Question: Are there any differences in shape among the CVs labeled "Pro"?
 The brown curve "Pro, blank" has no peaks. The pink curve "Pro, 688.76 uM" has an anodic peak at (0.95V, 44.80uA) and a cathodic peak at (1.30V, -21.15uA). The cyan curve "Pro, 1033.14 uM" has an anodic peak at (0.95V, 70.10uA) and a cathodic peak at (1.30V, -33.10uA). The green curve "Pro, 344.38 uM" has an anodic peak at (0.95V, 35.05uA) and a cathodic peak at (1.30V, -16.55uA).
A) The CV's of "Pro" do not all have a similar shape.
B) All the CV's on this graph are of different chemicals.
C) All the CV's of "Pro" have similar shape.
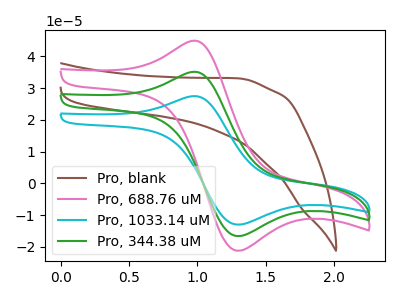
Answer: <think>"Pro, blank" and "Pro, 688.76 uM" have a different number of peaks. "Pro, blank" and "Pro, 1033.14 uM" have a different number of peaks. "Pro, blank" and "Pro, 344.38 uM" have a different number of peaks. All the peaks in "Pro, 688.76 uM" have a peak in "Pro, 1033.14 uM" at the same potential. Every peak in "Pro, 688.76 uM" is lower than every peak in "Pro, 1033.14 uM". All the peaks in "Pro, 688.76 uM" have a peak in "Pro, 344.38 uM" at the same potential. Every peak in "Pro, 688.76 uM" is higher than every peak in "Pro, 344.38 uM". All the peaks in "Pro, 1033.14 uM" have a peak in "Pro, 344.38 uM" at the same potential. Every peak in "Pro, 1033.14 uM" is higher than every peak in "Pro, 344.38 uM".
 </think>
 <answer>C) All the CV's of "Pro" have similar shape.</answer>
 <eval>C</eval>